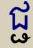
ជ្ជ